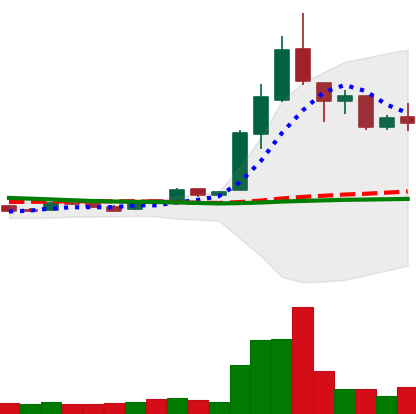
Ticker: LTC-USD
Chart end date: 2016-05-02
Forward return: 7.422%
Label: up_7plus